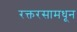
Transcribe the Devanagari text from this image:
रक्तरसामधून